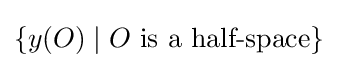
\{y(O)\mid O{\text{ is a half-space}}\}